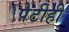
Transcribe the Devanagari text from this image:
पेटीही